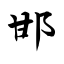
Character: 邯